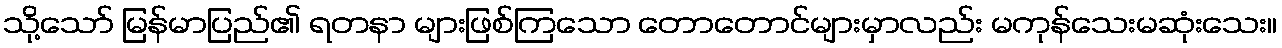
သို့သော် မြန်မာပြည်၏ ရတနာ များဖြစ်ကြသော တောတောင်များမှာလည်း မကုန်သေးမဆုံးသေး။